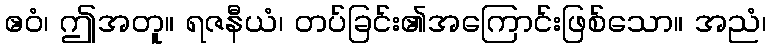
ဧဝံ၊ ဤအတူ။ ရဇနီယံ၊ တပ်ခြင်း၏အကြောင်းဖြစ်သော။ အညံ၊